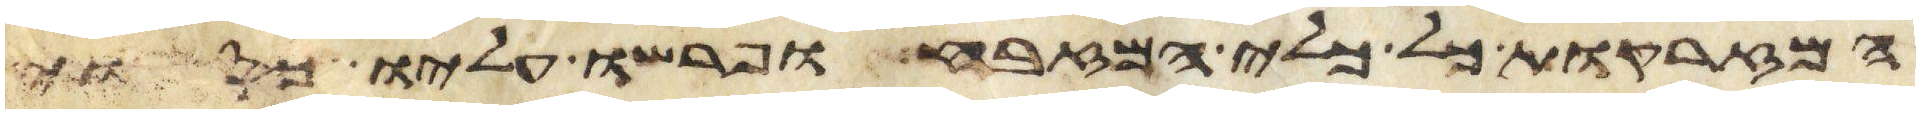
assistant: המזרקות כל כלי המזבח ופרשו עליו כסוי